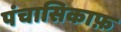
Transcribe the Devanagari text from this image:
पंचासिकाफ़